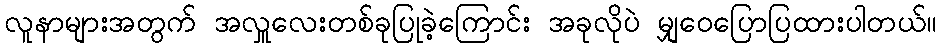
လူနာများအတွက် အလှူလေးတစ်ခုပြုခဲ့ကြောင်း အခုလိုပဲ မျှဝေပြောပြထားပါတယ်။